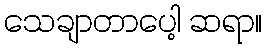
သေချာတာပေါ့ ဆရာ။